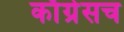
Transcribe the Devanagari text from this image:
काँग्रेसच